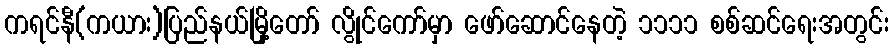
ကရင်နီ(ကယား)ပြည်နယ်မြို့တော် လွိုင်ကော်မှာ ဖော်ဆောင်နေတဲ့ ၁၁၁၁ စစ်ဆင်ရေးအတွင်း